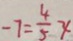
- 7 = \frac { 4 } { 5 } x